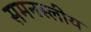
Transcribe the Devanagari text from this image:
समनस्लीय